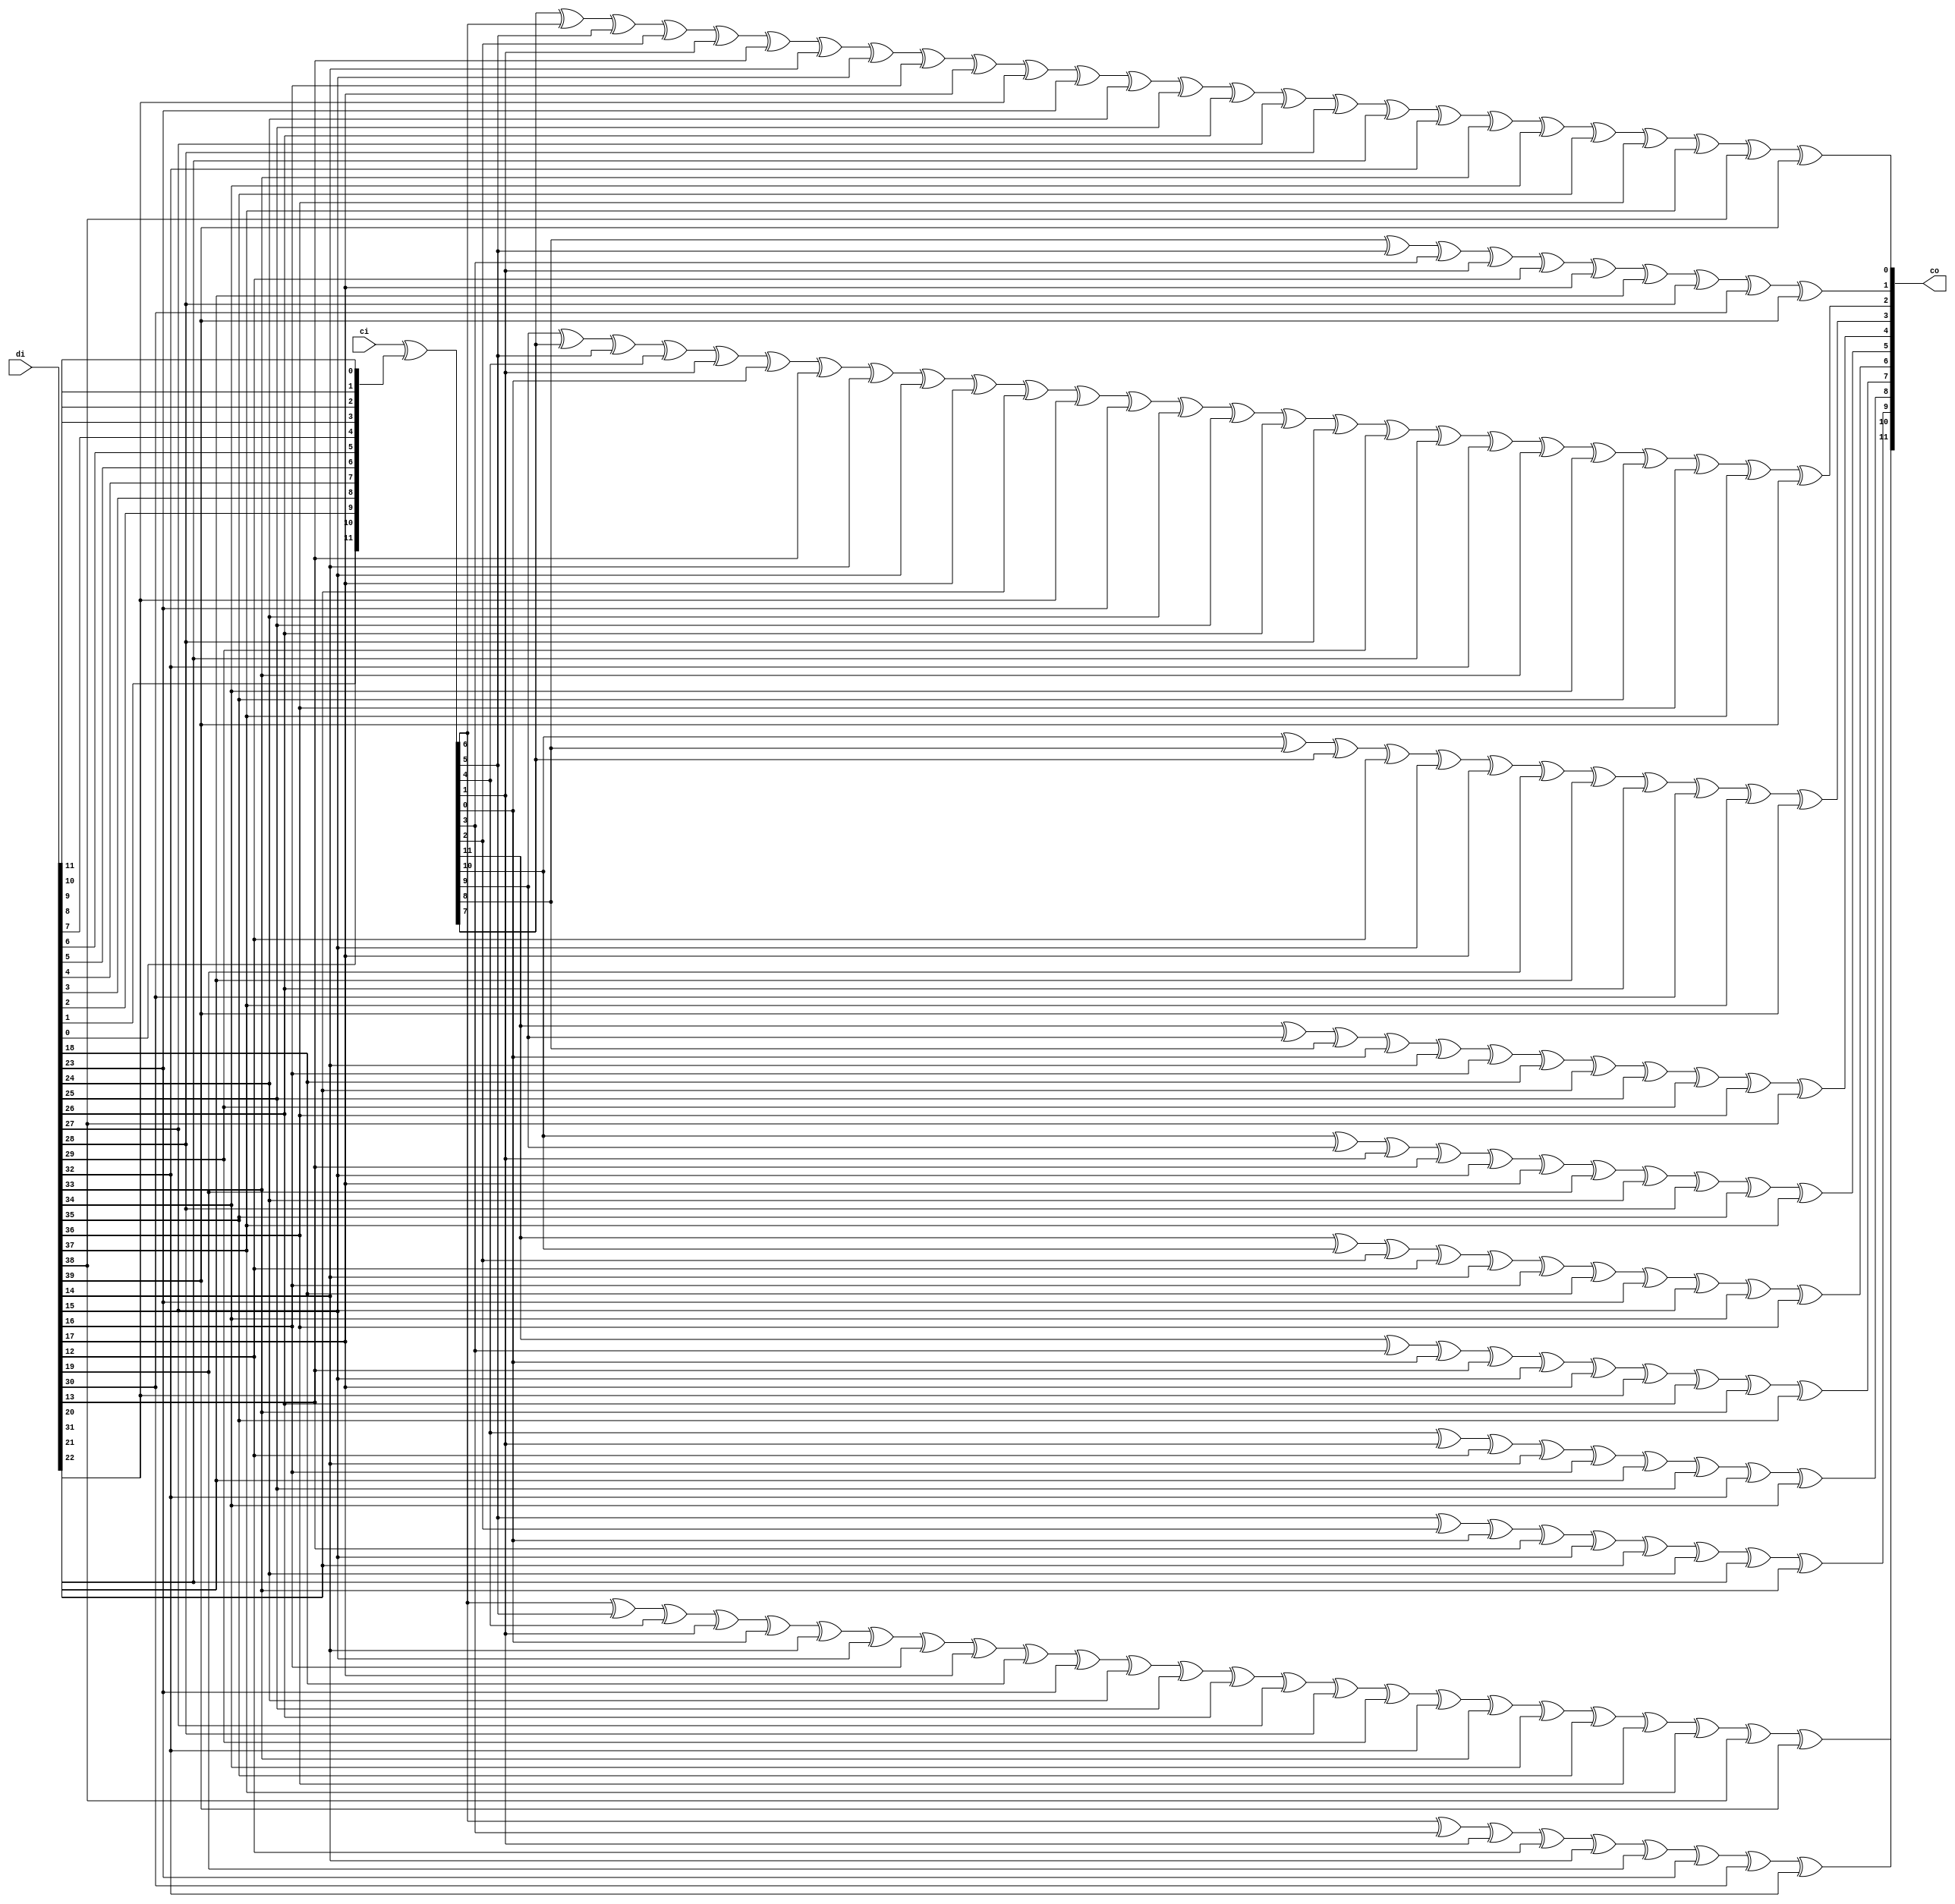
module ippcrc_crc12_40b
    (
     ci,
     di,

     co
     );

////////////////////////////////////////////////////////////////////////////////
// Port declarations
input [11:0]   ci;
input [39:0]   di;

output [11:0]  co;

////////////////////////////////////////////////////////////////////////////////
// Output declarations
wire [11:0]    co;

////////////////////////////////////////////////////////////////////////////////
// Parameter declarations

////////////////////////////////////////////////////////////////////////////////
// Local logic and instantiation
wire [11:0]     swdi;
assign          swdi =  {di[0],di[1],di[2],di[3],di[4],di[5],di[6],di[7],di[8],di[9],di[10],di[11]};

wire [11:0]     dx;
assign          dx   =  ci[11:0]^swdi[11:0];

assign          co[11]=dx[6]^dx[5]^dx[4]^dx[1]^dx[0]^
                di[14]^di[15]^di[16]^di[17]^di[18]^di[23]^di[24]^di[25]^di[26]^di[27]^di[28]^di[29]^di[32]^di[33]^di[34]^di[35]^di[36]^di[37]^di[38]^di[39];

assign          co[10]=dx[6]^dx[3]^dx[1]^
                di[12]^di[14]^di[19]^di[23]^di[30]^di[32];

assign          co[9]=dx[5]^dx[2]^dx[0]^
                di[13]^di[15]^di[20]^di[24]^di[31]^di[33];

assign          co[8]=dx[4]^dx[1]^
                di[12]^di[14]^di[16]^di[21]^di[25]^di[32]^di[34];

assign          co[7]=dx[11]^dx[3]^dx[0]^
                di[13]^di[15]^di[17]^di[22]^di[26]^di[33]^di[35];

assign          co[6]=dx[11]^dx[10]^dx[2]^
                di[12]^di[14]^di[16]^di[18]^di[23]^di[27]^di[34]^di[36];

assign          co[5]=dx[10]^dx[9]^dx[1]^
                di[13]^di[15]^di[17]^di[19]^di[24]^di[28]^di[35]^di[37];

assign          co[4]=dx[11]^dx[9]^dx[8]^dx[0]^
                di[14]^di[16]^di[18]^di[20]^di[25]^di[29]^di[36]^di[38];

assign          co[3]=dx[10]^dx[8]^dx[7]^
                di[12]^di[15]^di[17]^di[19]^di[21]^di[26]^di[30]^di[37]^di[39];

assign          co[2]=dx[9]^dx[7]^dx[5]^dx[4]^dx[1]^dx[0]^
                di[13]^di[14]^di[15]^di[17]^di[20]^di[22]^di[23]^di[24]^di[25]^di[26]^di[28]^di[29]^di[31]^di[32]^di[33]^di[34]^di[35]^di[36]^di[37]^di[39];

assign          co[1]=dx[8]^dx[5]^dx[3]^dx[1]^
                di[12]^di[17]^di[21]^di[28]^di[30]^di[39];

assign          co[0]=dx[7]^dx[6]^dx[5]^dx[2]^dx[1]^
                di[13]^di[14]^di[15]^di[16]^di[17]^di[22]^di[23]^di[24]^di[25]^di[26]^di[27]^di[28]^di[31]^di[32]^di[33]^di[34]^di[35]^di[36]^di[37]^di[38]^di[39];


endmodule